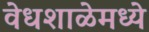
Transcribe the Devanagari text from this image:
वेधशाळेमध्ये